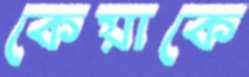
কেয়াকে